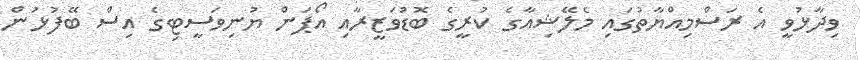
ވިދާޅުވީ އެ ރަސްމިއްޔާތުގައި މެލޭޝިއާގެ ކުރީގެ ބޮޑުވަޒީރާއި އޯޕަން ޔުނިވަސީޓިގެ އިސް ބޭފުޅުން